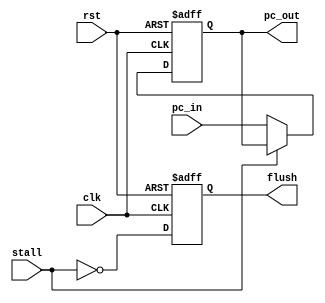
module PC (
    input clk,
    input rst,
    input stall,
    input [31:0] pc_in,
    output reg [31:0]pc_out,
    output reg flush
);

always@(posedge clk or posedge rst)begin
    if(rst)
        pc_out <= 32'b0;
    else
        pc_out <= (stall) ? pc_out :pc_in;
end

always@(posedge clk or posedge rst) begin
    if(rst)
        flush <= 1'b1;
    else 
        flush <= ~stall;
end


endmodule